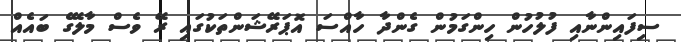
ސިފައިންނާއި ފުލުހުން ހިންގަމުން ގެންދާ ހާއްސަ އޮޕަރޭޝަންތަކުގައި ރޭ ވެސް މާލޭގެ ބައެއް